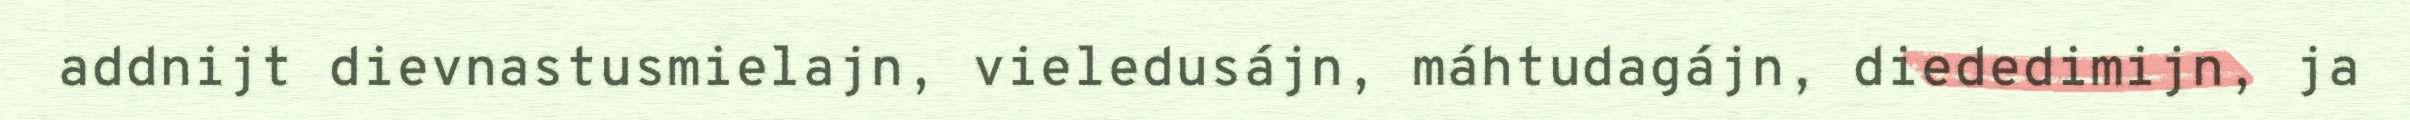
addnijt dievnastusmielajn, vieledusájn, máhtudagájn, diededimijn, ja